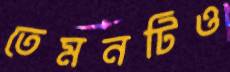
তেমনটিও